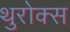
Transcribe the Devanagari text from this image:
थुरोक्स